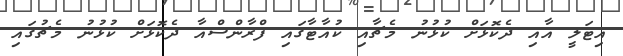
އިޓަލީ އާއި ދެކޮޅަށް ކުޅުނު މެޗާއި ކުއާޓާގައި ފްރާންސްއާ ދެކޮޅަށް ކުޅުނު މެޗުގައި